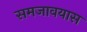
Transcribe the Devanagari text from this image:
समजावयास